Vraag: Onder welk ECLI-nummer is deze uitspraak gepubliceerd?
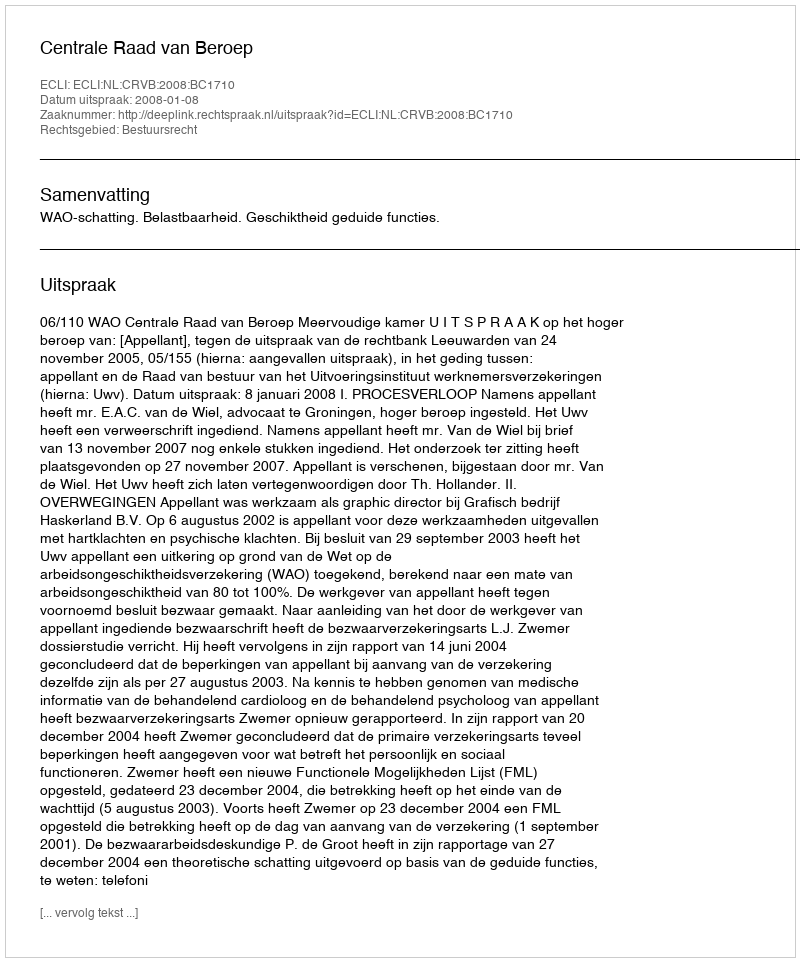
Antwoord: ECLI:NL:CRVB:2008:BC1710